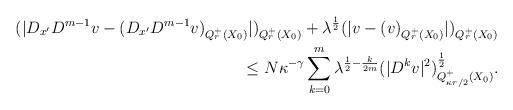
LaTeX: \begin{align*}(|D_{x^\prime}D^{m-1}v-(D_{x^\prime}D^{m-1}v)_{Q_r^+(X_0)}|)_{Q_r^+(X_0)}+\lambda^{\frac{1}{2}}(|v-(v)_{Q_r^+(X_0)}|)_{Q_r^+(X_0)}\\\le N\kappa^{-\gamma}\sum_{k=0}^m \lambda^{\frac{1}{2}-\frac{k}{2m}}(|D^k v|^2)_{Q_{\kappa r/2}^+(X_0)}^{\frac{1}{2}}.\end{align*}